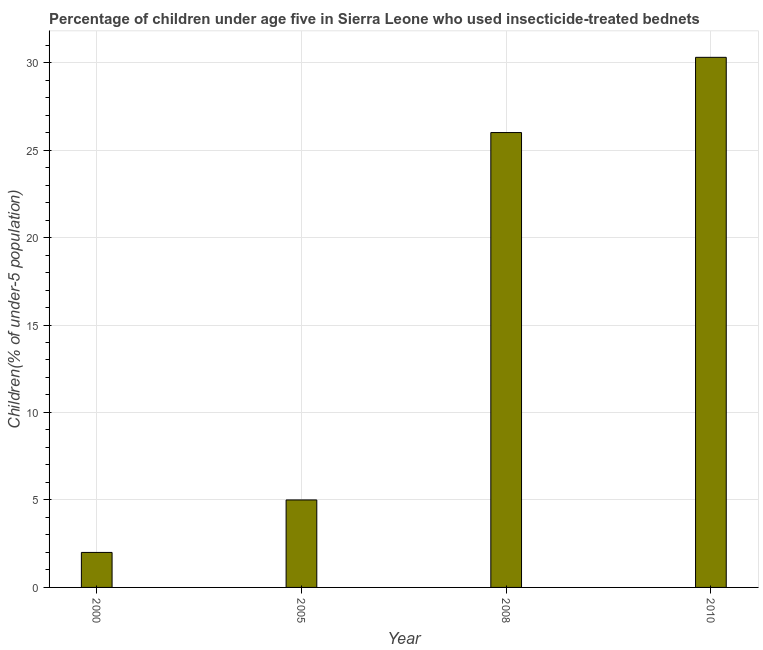
| Year | Use of insecticide-treated bed nets (% of under-5 population) |
 | --- | --- |
 | 2000 | 2 |
 | 2005 | 5 |
 | 2008 | 26 |
 | 2010 | 30.3 |